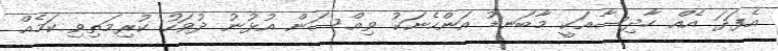
އެފަދަ އެއް ހާދިސާއަކީ މާބަނޑު އަންހެނަކު ވިއްސަން އުޅުނު ދުވަހު ކުރިމަތިވި ކަމެއް